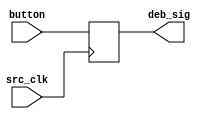
`timescale 1ns / 1ps
//////////////////////////////////////////////////////////////////////////////////
// Company: 
// Engineer: 
// 
// Design Name: 
// Module Name:    Debouncer 
// Project Name: 
// Target Devices: 
// Tool versions: 
// Description: 
//
// Dependencies: 
//
// Revision: 
// Revision 0.01 - File Created
// Additional Comments: 
//
//////////////////////////////////////////////////////////////////////////////////
module Debouncer(
    input button,
	 input src_clk,
    output reg deb_sig
    );

always @ (posedge src_clk)
begin
deb_sig <= button;
end

	
endmodule